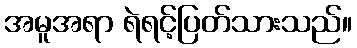
အမူအရာ ရဲရင့်ပြတ်သားသည်။